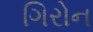
ગિરોન